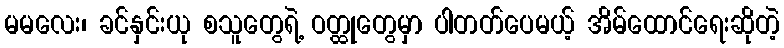
မမလေး၊ ခင်နှင်းယု စသူတွေရဲ့ ဝတ္ထုတွေမှာ ပါတတ်ပေမယ့် အိမ်ထောင်ရေးဆိုတဲ့